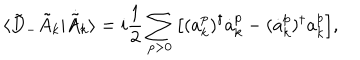
\langle \tilde { D } _ { - } \tilde { A } _ { k } | \dot { \tilde { A } } _ { k } \rangle = i \frac { 1 } { 2 } \sum _ { p > 0 } \big [ ( a _ { k } ^ { p } ) ^ { \dagger } \dot { a } _ { k } ^ { p } - ( \dot { a } _ { k } ^ { p } ) ^ { \dagger } a _ { k } ^ { p } \big ] ,